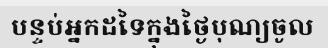
បន្ទប់អ្នកដទៃក្នុងថ្ងៃបុណ្យចូល